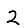
Digit: 2